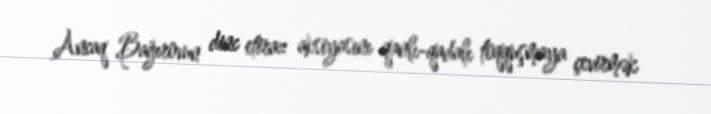
Ancaq Bağırovun dinc etiraz aksiyasını qanlı-qadalı toqquşmaya çevirmək